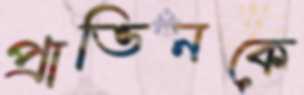
প্রাভিনকে